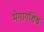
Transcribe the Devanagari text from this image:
भेगागशिश्न